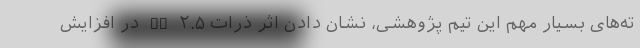
ته‌های بسیار مهم این تیم پژوهشی، نشان دادن اثر ذرات PM ۲.۵ در افزایش